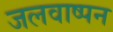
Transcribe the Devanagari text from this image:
जलवाष्पन